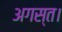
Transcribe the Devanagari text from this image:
अगस्त।